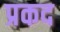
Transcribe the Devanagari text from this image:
प्रकद